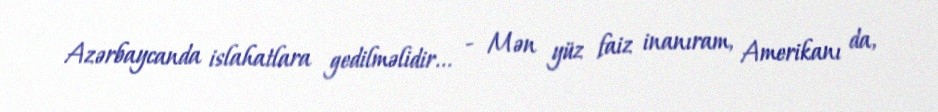
Azərbaycanda islahatlara gedilməlidir... - Mən yüz faiz inanıram, Amerikanı da,